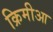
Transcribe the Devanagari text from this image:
क्रिमीआ